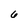
Character: 6